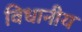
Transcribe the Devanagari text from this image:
विधानीय